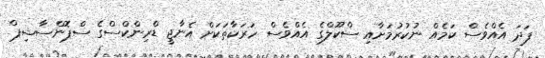
ފަދަ އެއްވެސް ކަމެއް ނުކުރުމަށާއި ސްކޫލްގެ އެއްވެސް ހަރަކާތަކަށް އެނާޖީ ޑްރިންކްސްގެ ސްޕޮންސާޝިޕް